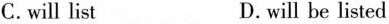
C. will list D. will be listed